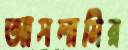
আসলামির